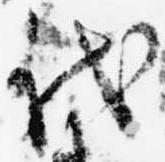
代